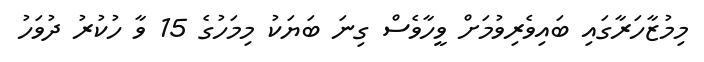
މިމުޒާހަރާގައި ބައިވެރިވުމަށް ވީހާވެސް ގިނަ ބަޔަކު މިމަހުގެ 15 ވާ ހުކުރު ދުވަހު